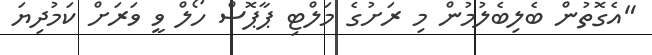
"އެގޮތުން ބެލިބެލުމުން މި ރަށުގެ މަލްޓި ޕާޕޮސް ހޯލް ވީ ވަރަށް ކަމުދިޔަ